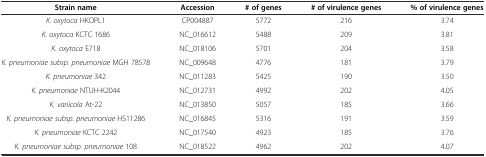
<table><thead><tr><td><b>Strain name</b></td><td><b>Accession</b></td><td><b># of genes</b></td><td><b># of virulence genes</b></td><td><b>% of virulence genes</b></td></tr></thead><tbody><tr><td><i>K. oxytoca</i> HKOPL1</td><td>CP004887</td><td>5772</td><td>216</td><td>3.74</td></tr><tr><td><i>K. oxytoca</i> KCTC 1686</td><td>NC_016612</td><td>5488</td><td>209</td><td>3.81</td></tr><tr><td><i>K. oxytoca</i> E718</td><td>NC_018106</td><td>5701</td><td>204</td><td>3.58</td></tr><tr><td><i>K. pneumoniae subsp. pneumoniae</i> MGH 78578</td><td>NC_009648</td><td>4776</td><td>181</td><td>3.79</td></tr><tr><td><i>K. pneumoniae</i> 342</td><td>NC_011283</td><td>5425</td><td>190</td><td>3.50</td></tr><tr><td><i>K. pneumoniae</i> NTUH-K2044</td><td>NC_012731</td><td>4992</td><td>202</td><td>4.05</td></tr><tr><td><i>K. variicola</i> At-22</td><td>NC_013850</td><td>5057</td><td>185</td><td>3.66</td></tr><tr><td><i>K. pneumoniae subsp. pneumoniae</i> HS11286</td><td>NC_016845</td><td>5316</td><td>191</td><td>3.59</td></tr><tr><td><i>K. pneumoniae</i> KCTC 2242</td><td>NC_017540</td><td>4923</td><td>185</td><td>3.76</td></tr><tr><td><i>K. pneumoniae subsp. pneumoniae</i> 108</td><td>NC_018522</td><td>4962</td><td>202</td><td>4.07</td></tr></tbody></table>